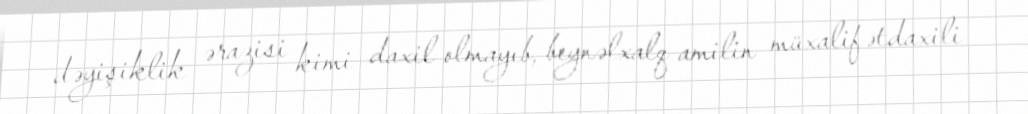
dəyişiklik ərazisi kimi daxil olmayıb, beynəlxalq amilin müxalifətdaxili